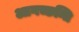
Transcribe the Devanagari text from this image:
आगच्छन्ति